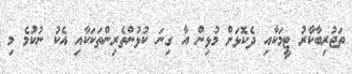
ތަޖުރިބާކާރު ޓީމަކާއި ދެކޮޅަށް މުޅިން އާ ގިނަ ކުޅުންތެރިންތަކަކާއި އެކު ނުކުމެ މި